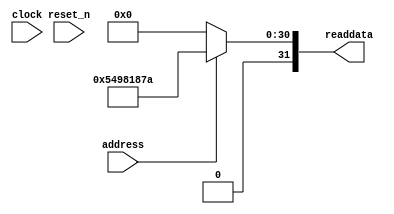
module sysid_0 (
                 // inputs:
                  address,
                  clock,
                  reset_n,

                 // outputs:
                  readdata
               )
;

  output  [ 31: 0] readdata;
  input            address;
  input            clock;
  input            reset_n;

  wire    [ 31: 0] readdata;
  //control_slave, which is an e_avalon_slave
  assign readdata = address ? 1419253882 : 0;

endmodule